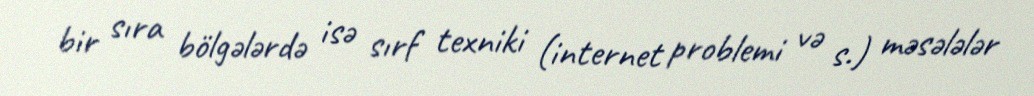
bir sıra bölgələrdə isə sırf texniki (internet problemi və s.) məsələlər